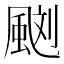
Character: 𩗌